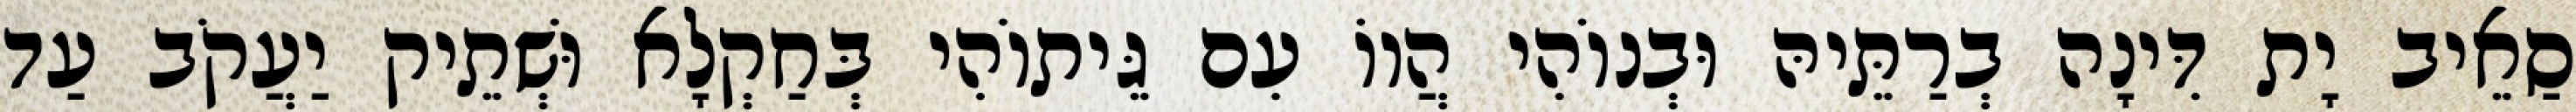
סַאֵיב יָת דִּינָה בְרַתֵּיהּ וּבְנוֹהִי הֲווֹ עִם גֵּיתוֹהִי בְּחַקְלָא וּשְׁתֵיק יַעֲקֹב עַד